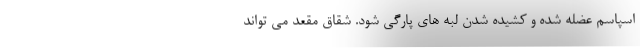
اسپاسم عضله شده و کشیده شدن لبه های پارگی شود. شقاق مقعد می تواند